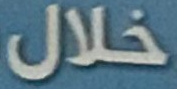
خلال